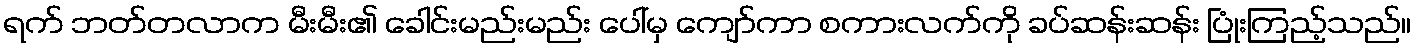
ရက် ဘတ်တလာက မီးမီး၏ ခေါင်းမည်းမည်း ပေါ်မှ ကျော်ကာ စကားလက်ကို ခပ်ဆန်းဆန်း ပြုံးကြည့်သည်။